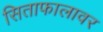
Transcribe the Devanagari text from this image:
सिताफालावर